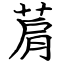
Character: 菺